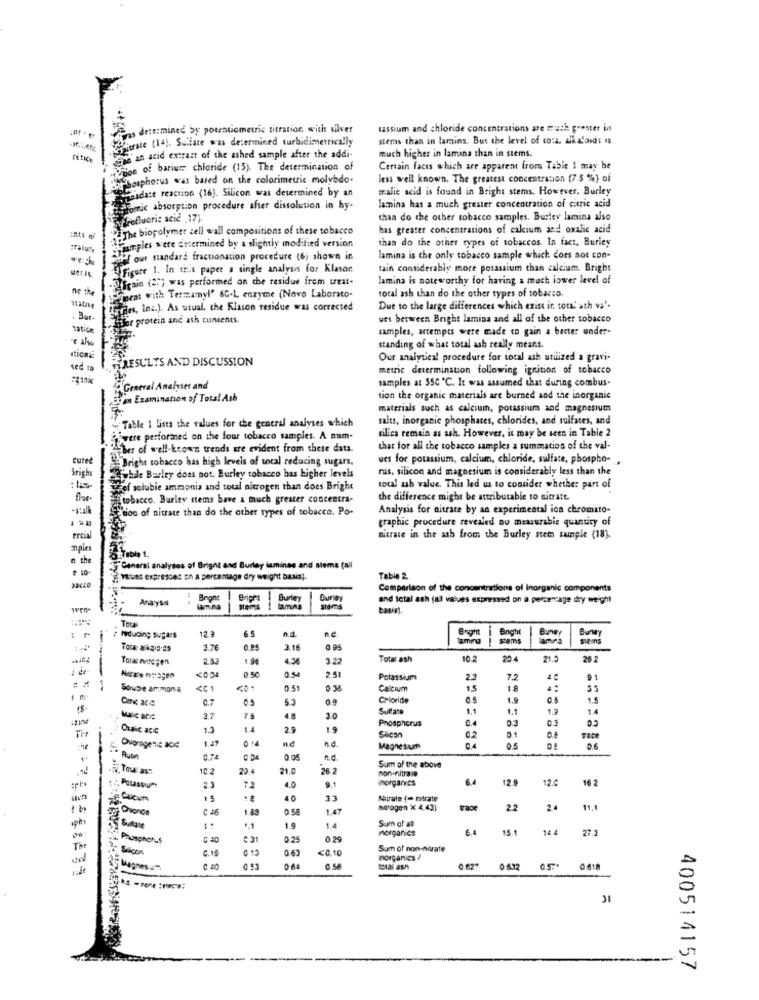
determined by potentiometric titration, with silver
tassium and chloride concentrations are much greater in
Giuste (la). Sulfate was determined turbidimetrically
stems than in lamina. But the level of co:L. alkaloids is
much higher in lamina than in stems.
FELICE
"an acid extract of the ashed sample after the addi-
e of barium chloride (13) The determination of
Certain facts which are apparent from Tabie 1 may be
phorus was based on the colorimetric molybdo.
less well known. The greatest concentration (7.5 %) of
mesdate reaction (16). Silicon was determined by an
mr.alic acid is found in Bright stems. However. Burley
atomic absorption procedure after dissolution in hy-
lamina has a much greater concentration of citric acid
Eurofluori: acid ,17).
thaa do the other tobacco samples. Burley lamina also
The biopolymer cell wall compositions of these tobacco
has greater concentrations of calcium and oxalic acid
yaamples were atermined by a slightly modified version
than do the other types of tobaccos. In fact, Buricy
of'! our standard fractionation procedure (6) shown in
lamina is the only tobacco sample which does not con-
Figure 1. In this paper a single analysis for Klason
tain considerably more potassium than calcium. Bright
.Foffgain (ar) was performed on the residue frem treat-
lamina is noteworthy for having a much lower level of
Spent with Termamyl" 6C-L enzyme (Novo Laborato.
total ash than do the other types of tobacco.
Files, Inc.). As usual, the Klason residue was corrected
Due to the large differences which exist in tora' ath va'.
. But.
fler protein and ath contents.
wes between Bright lamina and all of the other tobacco
Tation
samples, attempts were made to gain a barter under-
standing of what total ash really means.
HRESULTS AND DISCUSSION
Our analytical procedure for total ash utilized a gravi-
sed
metric determination following ignition of tobacco
samples at 550 ℃. It was assumed that during combus.
General Analyses and
i'm Examination of Total Ash
tion the organic materials are burned and the inorganic
materials such as calcium, potassium and magnesium
salts, inorganic phosphates, chlorides, and sulfates, and
Table I lista the values for che general analyses which
silica remain as ash. However, it may be seen in Table 2
were performed on the four tobacco samples. A num-
aber of well-known trends ere evident from these data.
that for all the tobacco samples a summation of the val-
cured
Bright tobacco has high levels of total reducing sugars,
ues for potassium, calcium, chloride, sulfate, phospho-
nas, silicon and magnesium is considerably less than the
Brighe
while Barley does not. Burley tobacco has higher levels
el solubie ammonia and total nitrogen than does Bright
total ash value. This led us to consider whether part of
tobacco. Burley stems bave a much greater concentra-
the difference might be attributable to sitratt.
"roo of nitrate than do the other types of tobacco. Po-
Analysis for nitrate by an experimental ica chromato-
graphic procedure revealed nu measurable quantity of
ercia
nitrate in the ash from the Burley stem sample (18).
mples
e the
Canerai analyses of Bright and Burley laminas and stems (all
Vues expresses on a percentage dry weight bauis).
Table 2
Comparison of the concentrations of Inorganic components
Anayss
Burley
Burley
and total ash fal values expressed on a percentage dry weight
-...
siems
tapis
Tota
12.ª
6 5
n.c
Bnght
Bundy
: feducing sugars
Bnght
sems
Bungy
seis
Tota: alkalo.ds
3.7€
3.16
Taxas muggen
2.3J
4.36
3.22
Total ash
102
20.4
21.5
26.2
0.50
Nierz'e mragen
<0.04
0.54
2.51
Potassium
2.2
72
91
Soube ammoma
Calcium
15
C.7
Crioride
1.9
18
Sulfate
1.1
1.1
1.4
Manic aC:
2.7
4.8
3.0
Phosphorus
Oraic acic
1.2
1.4
2.9
1.9
02
The
1.47
Slicon
Ohiorogena acc
n.c
n.d.
Magnesium
0.74
0 D4
0.05
n.c
-iyi. Tour as ::
10.2
20 €
21.0
26.2
Sum of the above
non-nitrase
inorganics
6.4
12.
12.C
16 2
2.3
72
4.0
9.1
CE
10
Nitrate (= ntrate
Dience
C 26
0. 5
1.47
serogen × 4.43]
trace
22
20
Sum of at
*. 1
1.9
1.4
morgancs
6.4
144
Phosphorus
C 31
0.25
0.29
The
Skagen
0.19
0.63
<0.10
Sum of non-nitrate
inorganics /
Magnes um
0.56
total ash
.. 627
0.61
400514157